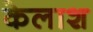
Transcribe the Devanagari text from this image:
केलाश